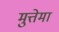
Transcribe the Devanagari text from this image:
मुत्तेमा